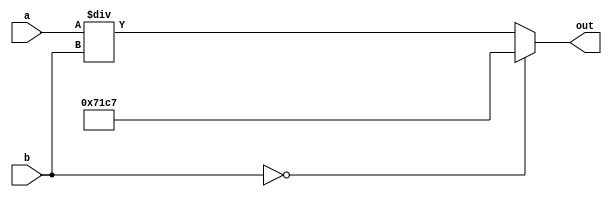
/*
   This file was generated automatically by the Mojo IDE version B1.3.6.
   Do not edit this file directly. Instead edit the original Lucid source.
   This is a temporary file and any changes made to it will be destroyed.
*/

module divide_14 (
    input [15:0] a,
    input [15:0] b,
    output reg [15:0] out
  );
  
  
  
  always @* begin
    if (b == 1'h0) begin
      out = 58'h23c61b3b32571c7;
    end else begin
      out = a / b;
    end
  end
endmodule